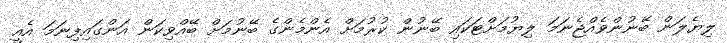
ލިޔެލަން ބޭނުންވެއްޖެނަމަ ލިޔުމަށްޓަކައި ބޭނުން ކުރުމަށް އެންމެންގެ ބޭނުމަށް ބޭއްވިކަން އަންގައިފިނަމަ އެއީ